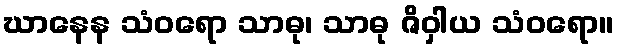
ဃာနေန သံဝရော သာဓု၊ သာဓု ဇိဝှါယ သံဝရော။